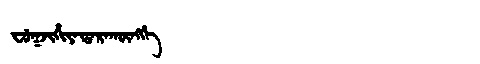
Manchu: ᠸᡠᡴᠵᡳᡥᡳᠶᠠᡩᠠᡵᠠᡴᡡᠩᡤᡝ
Romanization: FUKJIHIYADARAKŪNGGE